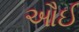
ઔઈ